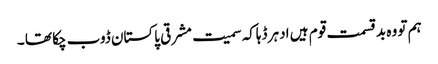
ہم تو وہ بدقسمت قوم ہیں ادہر ڈہاکہ سمیت مشرقی پاکستان ڈوب چکا تھا ۔